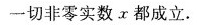
一切非零实数α都成立。